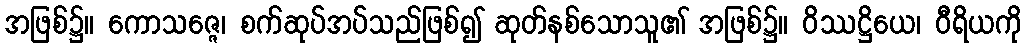
အဖြစ်၌။ ကောသဇ္ဇေ၊ စက်ဆုပ်အပ်သည်ဖြစ်၍ ဆုတ်နစ်သောသူ၏ အဖြစ်၌။ ဝိဿဋ္ဌိယေ၊ ဝီရိယကို